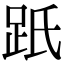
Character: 䟗